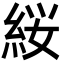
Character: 䋝